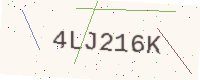
Text: 4LJ216K